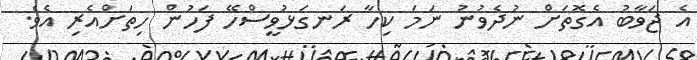
އެ ޖަވާބު އެގޮތަށް ނުދެވުނު ނަމަ ކިހާ ރަނގަޅުވީސްހޭ ފަހުން ހިތަށްއެރި އެވެ.